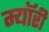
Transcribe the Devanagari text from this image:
म्यॉरी